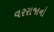
વરરાજાનો